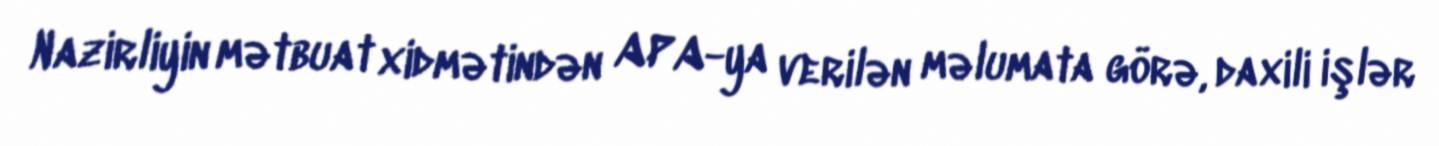
Nazirliyin mətbuat xidmətindən APA-ya verilən məlumata görə, daxili işlər